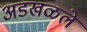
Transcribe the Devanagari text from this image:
अडखळले